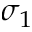
\sigma _ { 1 }